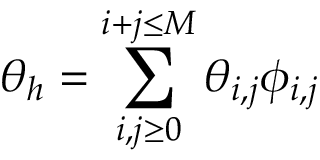
\theta _ { h } = \sum _ { i , j \ge 0 } ^ { i + j \le M } \theta _ { i , j } \phi _ { i , j }